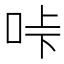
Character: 𠱚